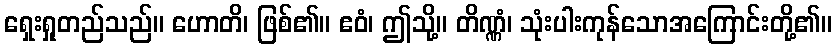
ရှေးရှုတည်သည်။ ဟောတိ၊ ဖြစ်၏။ ဧဝံ၊ ဤသို့။ တိဏ္ဏံ၊ သုံးပါးကုန်သောအကြောင်းတို့၏။